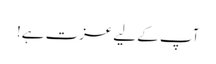
آپ کے لیے عزت ہے!